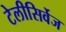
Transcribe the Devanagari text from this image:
टेलीसिर्वेज